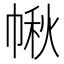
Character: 𢃸